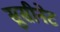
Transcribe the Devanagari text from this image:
सुसीनेट